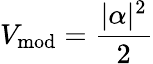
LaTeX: V_{\mathrm{mod}}=\frac{|\alpha|^{2}}{2}